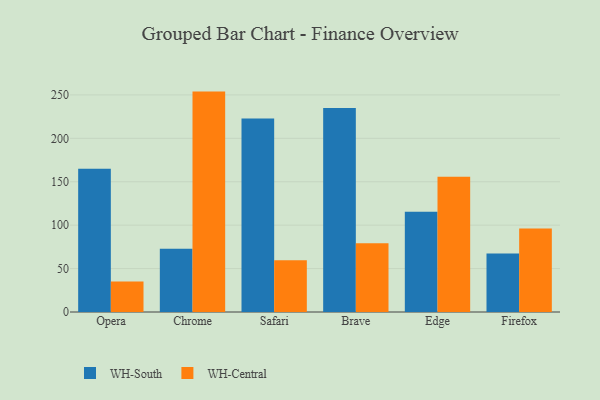
{"axis": {"x": "Browser", "y": "Demand Index"}, "legend": ["WH-Central", "WH-South"], "data": [{"x": "Opera", "y": 165.1, "type": "WH-South"}, {"x": "Opera", "y": 35.1, "type": "WH-Central"}, {"x": "Chrome", "y": 72.9, "type": "WH-South"}, {"x": "Chrome", "y": 253.8, "type": "WH-Central"}, {"x": "Safari", "y": 222.8, "type": "WH-South"}, {"x": "Safari", "y": 59.6, "type": "WH-Central"}, {"x": "Brave", "y": 234.9, "type": "WH-South"}, {"x": "Brave", "y": 79.1, "type": "WH-Central"}, {"x": "Edge", "y": 115.4, "type": "WH-South"}, {"x": "Edge", "y": 155.7, "type": "WH-Central"}, {"x": "Firefox", "y": 67.4, "type": "WH-South"}, {"x": "Firefox", "y": 96.2, "type": "WH-Central"}]}